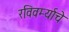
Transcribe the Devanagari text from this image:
रविवर्म्याचे